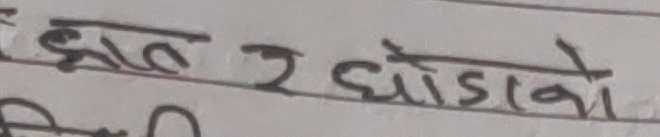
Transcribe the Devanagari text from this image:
झाट र घोडाको